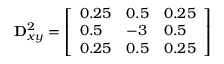
\mathbf { D } _ { x y } ^ { 2 } = { \left[ \begin{array} { l l l } { 0 . 2 5 } & { 0 . 5 } & { 0 . 2 5 } \\ { 0 . 5 } & { - 3 } & { 0 . 5 } \\ { 0 . 2 5 } & { 0 . 5 } & { 0 . 2 5 } \end{array} \right] }